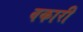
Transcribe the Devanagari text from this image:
वकारी